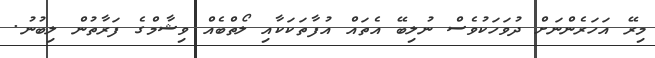
މިރޭ އަހަރެންނަށް ދުވަހަކުވެސް ނުލިބޭ އެތައް އުފާތަކަކާއި ލޯތްބެއް ވިޝާމްގެ ފަރާތުން ލިބުނު.